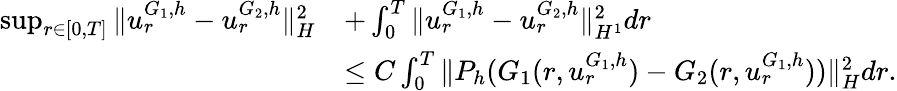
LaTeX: \begin{array}{rl}{\operatorname*{sup}_{r\in[0,T]}\| u_{r}^{G_{1},h}-u_{r}^{G_{2},h}\| _{H}^{2}}&{+\int_{0}^{T}\| u_{r}^{G_{1},h}-u_{r}^{G_{2},h}\| _{H^{1}}^{2}dr}\\ &{\leq C\int_{0}^{T}\| P_{h}(G_{1}(r,u_{r}^{G_{1},h})-G_{2}(r,u_{r}^{G_{1},h}))\| _{H}^{2}dr.}\end{array}